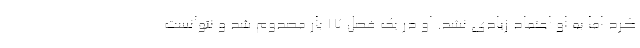
کرد اما به او اعتماد زیادی نشد. او در یک فصل 17 بار مصدوم شد و نتوانست